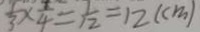
\frac { 1 } { 3 } \times \frac { 1 } { 4 } = \frac { 1 } { 1 2 } = 1 2 ( c m )